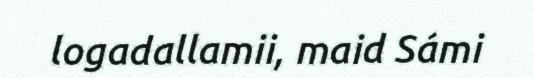
logadallamii, maid Sámi